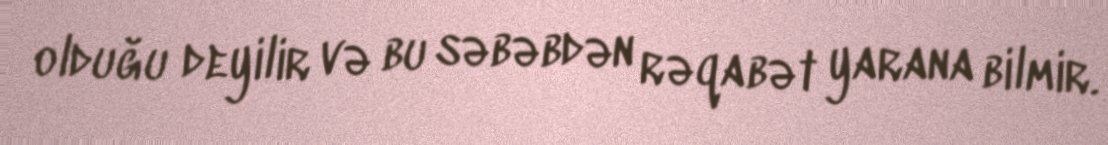
olduğu deyilir və bu səbəbdən rəqabət yarana bilmir.